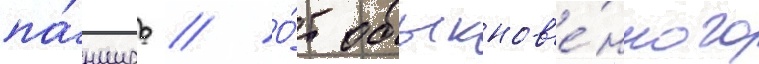
па́нцирь // О́т обыкнов'е́нного